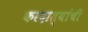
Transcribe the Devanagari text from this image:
करदात्यांची